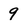
Character: 9